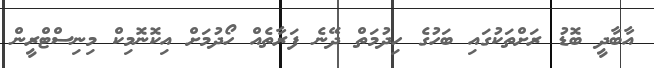
އާބާދީ ބޮޑު ރަށްތަކުގައި ބަހުގެ ހިދުމަތް ދޭނެ ފަރާތެއް ހޯދުމަށް އިކޮނޮމިކް މިނިސްޓްރީން